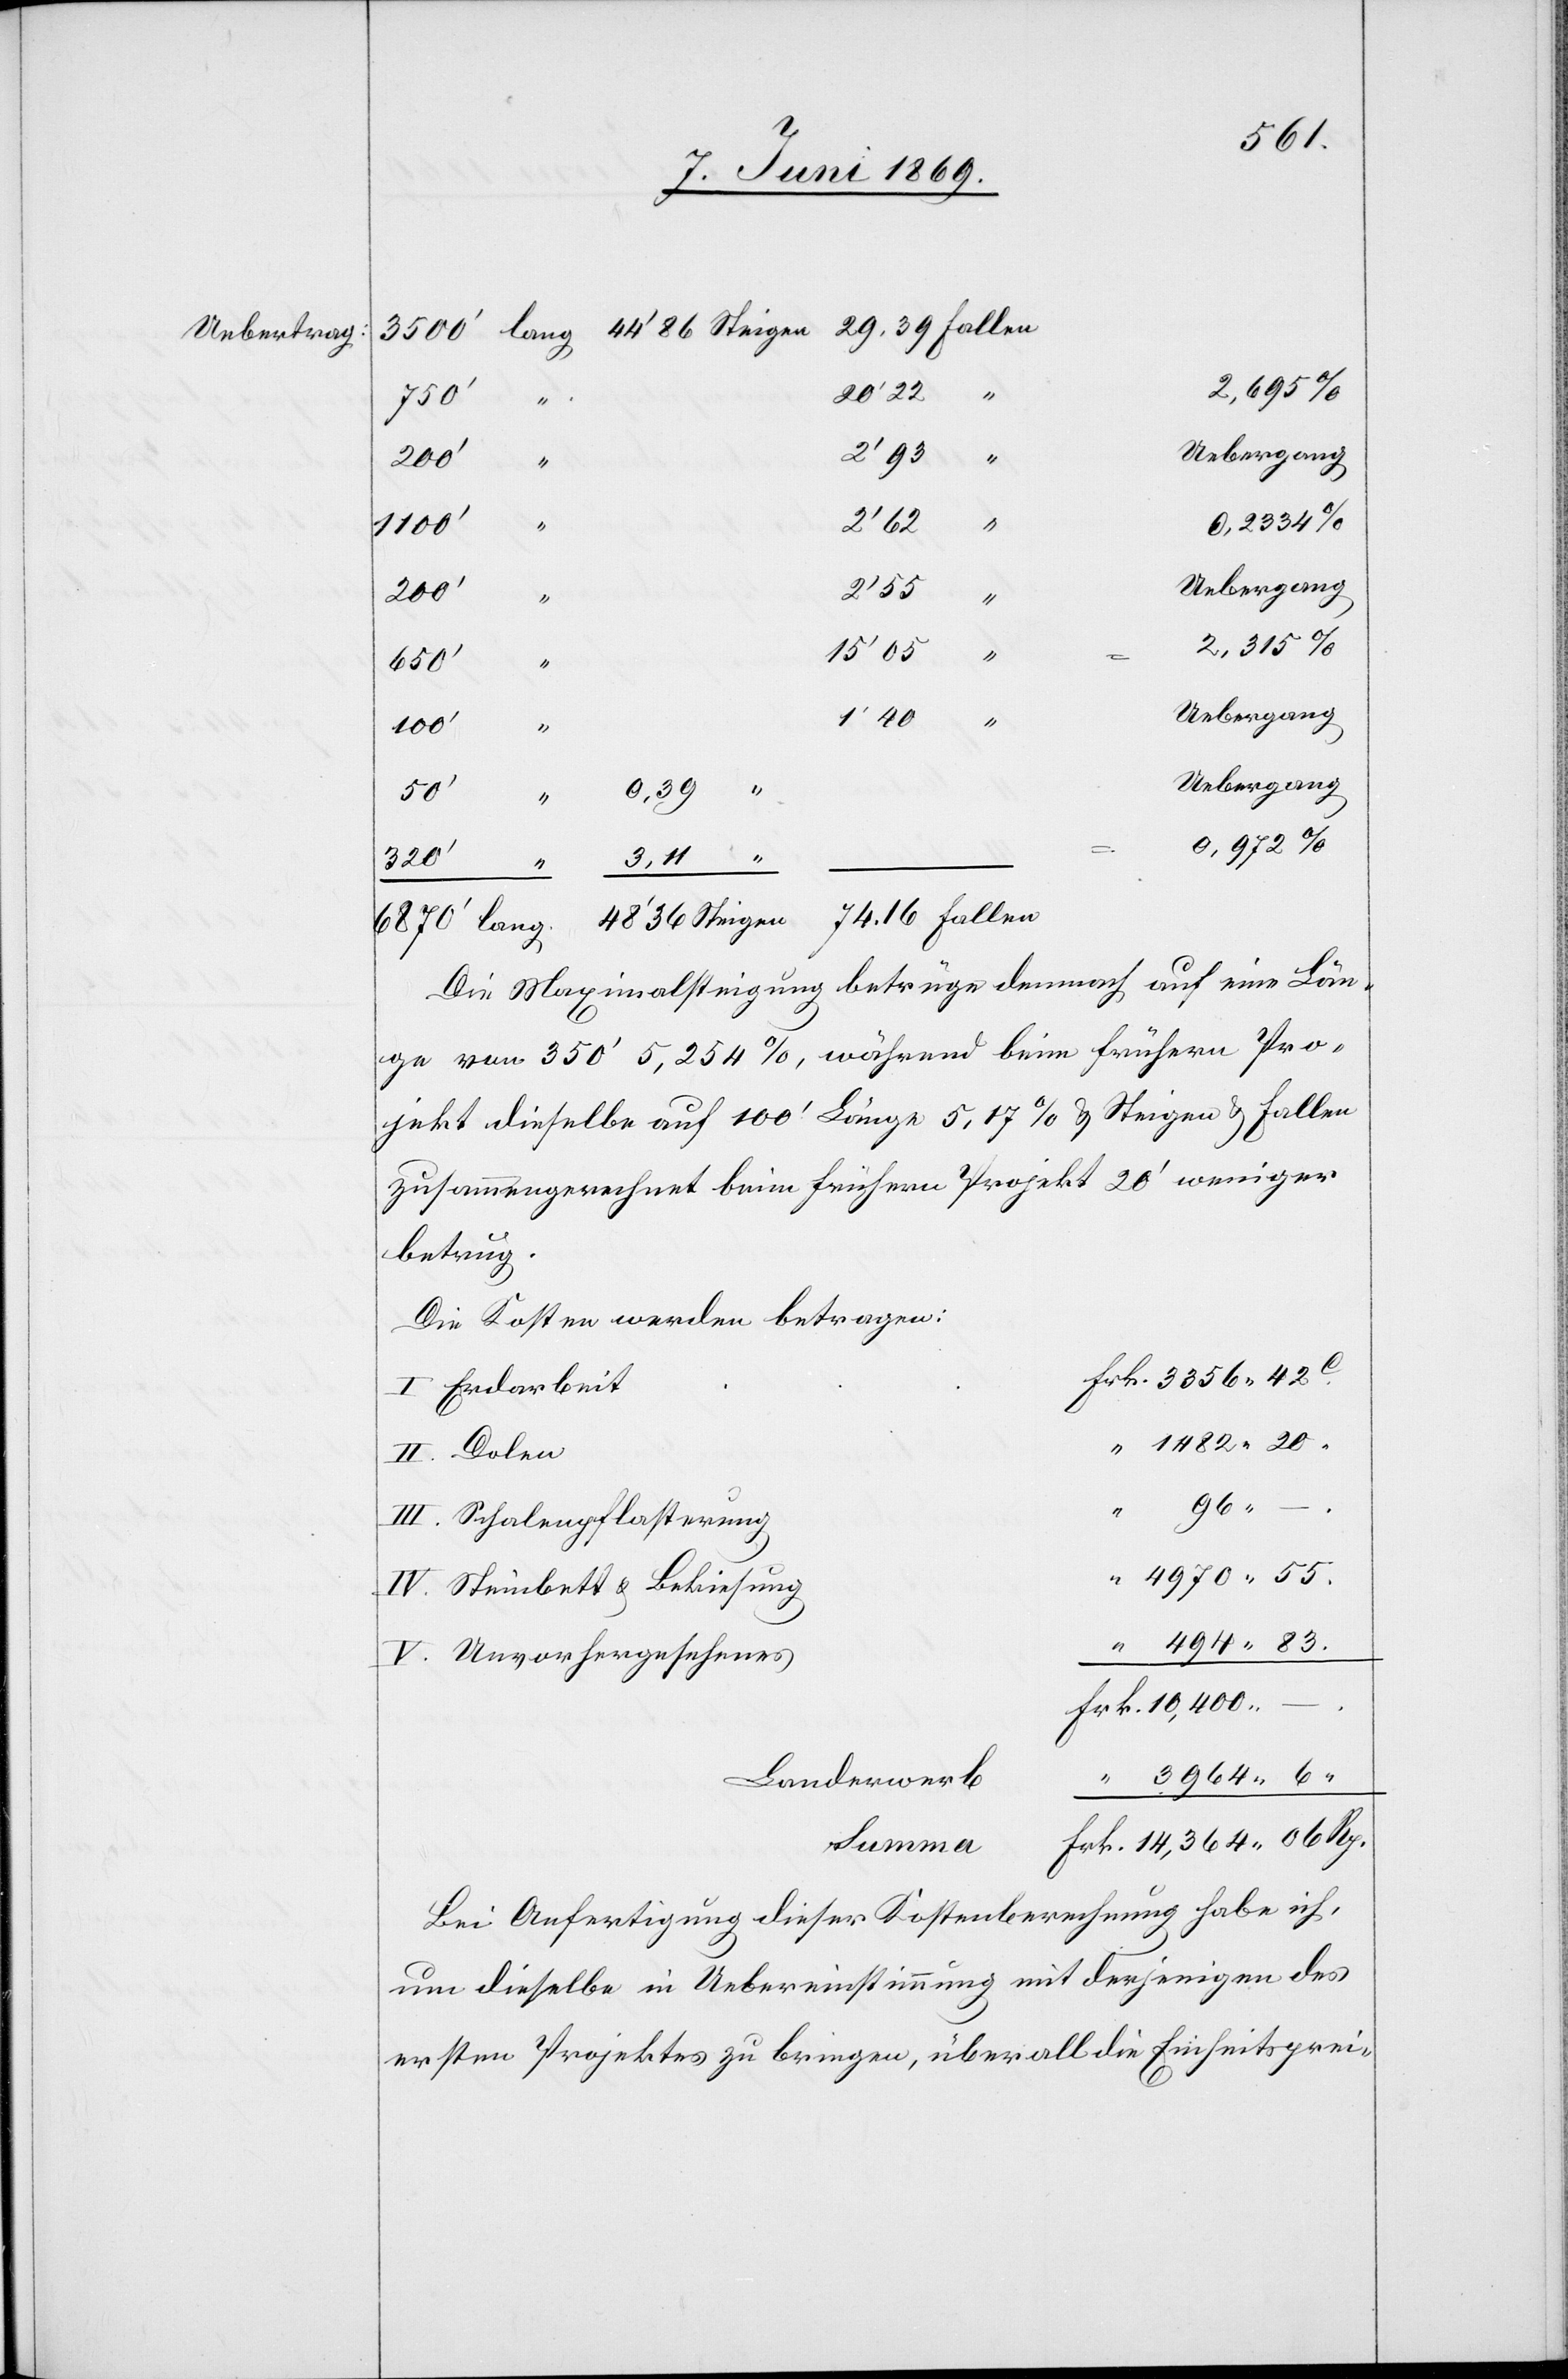
“
20’22
750’
2’93 “
200’
0.2334%
10,400
2’55 “
15’05 “
1482
Uebergang
320‘
Die Maximalsteigung betrüge demnach auf eine Län¬
ge von 350’ 5,254%, während beim frühern Pro¬
jekt dieselbe auf 100’ Länge 5,17% u. Steigen u. Fallen
zusammengerechnet beim frühern Projekt 20’ weniger
betrug.
Die Kosten werden betragen:
I Erdarbeit
II Dolen
Frk.
06
Rp.
III Schalenpflasterung
4970 55
IV. Steinbett u. Bekiesung
V. Unvorhergesehenes
6.
Landerwerb
Summa
Bei Anfertigung dieser Kostenberechnung habe ich,
um dieselbe in Uebereinstimmung mit derjenigen des
ersten Projektes zu bringen, überall die Einsichtsprei-